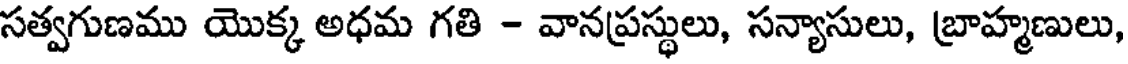
సత్వగుణము యొక్క అధమ గతి - వానప్రస్థులు, సన్యాసులు, బ్రాహ్మణులు,